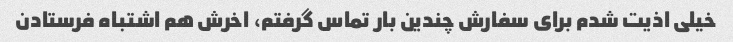
خیلی اذیت شدم برای سفارش چندین بار تماس گرفتم، اخرش هم اشتباه فرستادن